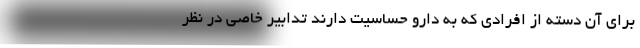
برای آن دسته از افرادی که به دارو حساسیت دارند تدابیر خاصی در نظر